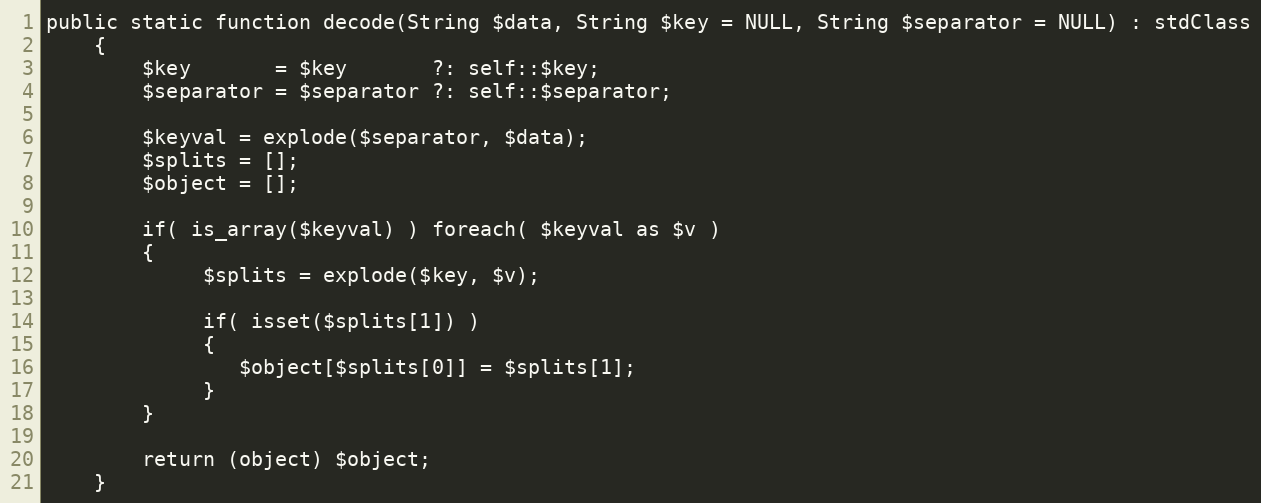
Language: PHP
public static function decode(String $data, String $key = NULL, String $separator = NULL) : stdClass
    {
        $key       = $key       ?: self::$key;
        $separator = $separator ?: self::$separator;

        $keyval = explode($separator, $data);
        $splits = [];
        $object = [];

        if( is_array($keyval) ) foreach( $keyval as $v )
        {
             $splits = explode($key, $v);

             if( isset($splits[1]) )
             {
                $object[$splits[0]] = $splits[1];
             }
        }

        return (object) $object;
    }